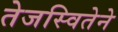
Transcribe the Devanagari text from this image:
तेजस्वितेने